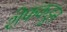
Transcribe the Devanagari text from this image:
शेफकडून